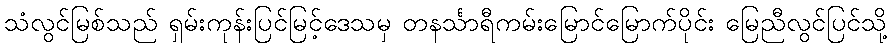
သံလွင်မြစ်သည် ရှမ်းကုန်းပြင်မြင့်ဒေသမှ တနင်္သာရီကမ်းမြောင်မြောက်ပိုင်း မြေညီလွင်ပြင်သို့